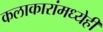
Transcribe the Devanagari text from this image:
कलाकारांमध्येही